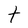
Character: t